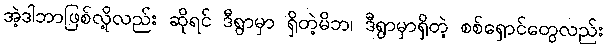
အဲ့ဒါဘာဖြစ်လို့လည်း ဆိုရင် ဒီရွာမှာ ရှိတဲ့မိဘ၊ ဒီရွာမှာရှိတဲ့ စစ်ရှောင်တွေလည်း